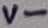
Text: V-